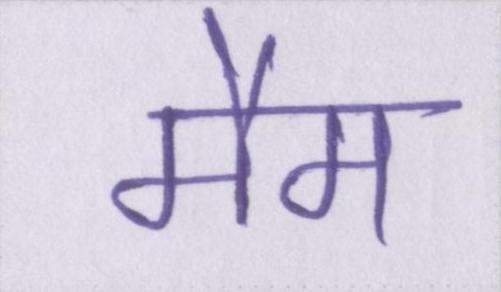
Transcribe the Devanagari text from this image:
मैम